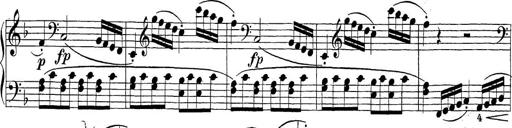
Title: Sonatina Album
Composer: Louis KÃ¶hler